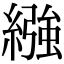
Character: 繈